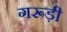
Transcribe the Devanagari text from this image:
गरूड़ी